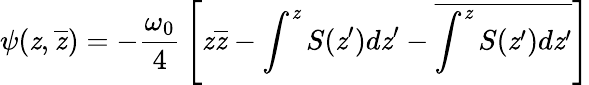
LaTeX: \psi(\mathit{z},\overline{{{\mathit{z}}}})=-{\frac{{\omega_{0}}}{{4}}}\left[\mathit{z}\overline{{{\mathit{z}}}}-\int^{\mathit{z}}S(\mathit{z}^{\prime})d\mathit{z}^{\prime}-\overline{{{\int^{\mathit{z}}S(\mathit{z}^{\prime})d\mathit{z}^{\prime}}}}\right]